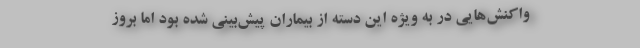
واکنش‌هایی در به ویژه این دسته از بیماران پیش‌بینی شده بود اما بروز